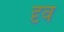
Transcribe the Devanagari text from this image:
दृव